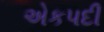
એકપદી